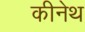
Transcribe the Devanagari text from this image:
कीनेथ